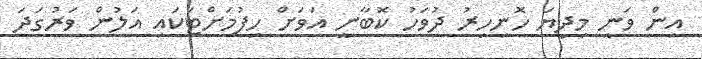
އިން ވަނީ މިދިޔަ ހޮނިހިރު ދުވަހު ކޮބާނީ އަވަށް ހިފުމަށްޓަކައި އަލުން ވަރުގަދަ